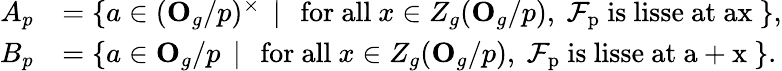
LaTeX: \begin{array}{rl}{A_{p}}&{=\{ a\in(\mathbf{O}_{g}/p)^{\times}\, \mid\, \mathrm{~for~all~}x\in Z_{g}(\mathbf{O}_{g}/p),\mathrm{~\mathcal{F}_p~is~lisse~at~ax~}\} ,}\\ {B_{p}}&{=\{ a\in\mathbf{O}_{g}/p\, \mid\, \mathrm{~for~all~}x\in Z_{g}(\mathbf{O}_{g}/p),\mathrm{~\mathcal{F}_p~is~lisse~at~a+x~}\} .}\end{array}